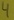
Text: 4